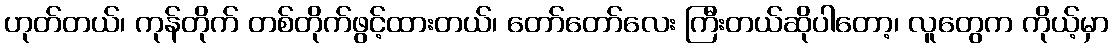
ဟုတ်တယ်၊ ကုန်တိုက် တစ်တိုက်ဖွင့်ထားတယ်၊ တော်တော်လေး ကြီးတယ်ဆိုပါတော့၊ လူတွေက ကိုယ့်မှာ